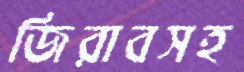
জিরাবসহ